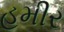
હમીર